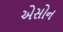
એસોન